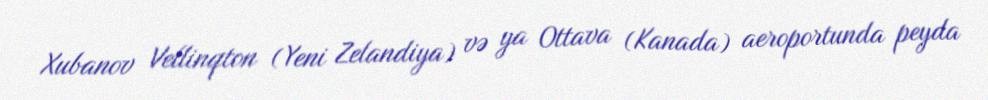
Xubanov Vellinqton (Yeni Zelandiya) və ya Ottava (Kanada) aeroportunda peyda